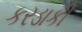
કરડાકી